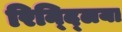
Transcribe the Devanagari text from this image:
रिन्द्लिया